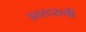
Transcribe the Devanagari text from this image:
उत्तरदरायी